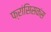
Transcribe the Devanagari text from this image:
फ्रांसिसकंस